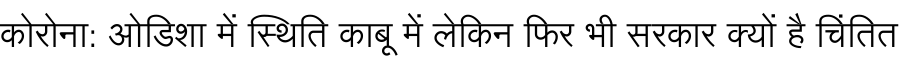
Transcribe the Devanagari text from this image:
कोरोना: ओडिशा में स्थिति काबू में लेकिन फिर भी सरकार क्यों है चिंतित